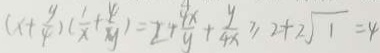
( x + \frac { y } { 4 } ) ( \frac { 1 } { x } + \frac { 4 } { y } ) = 2 + \frac { 4 x } { y } + \frac { y } { 4 x } \geq 2 + 2 \sqrt { 1 } = 4